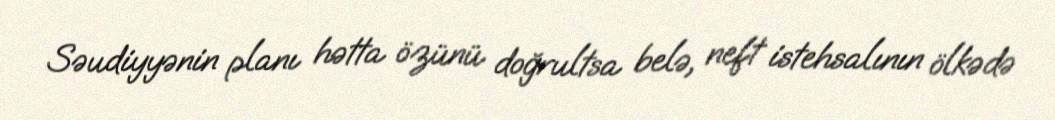
Səudiyyənin planı hətta özünü doğrultsa belə, neft istehsalının ölkədə